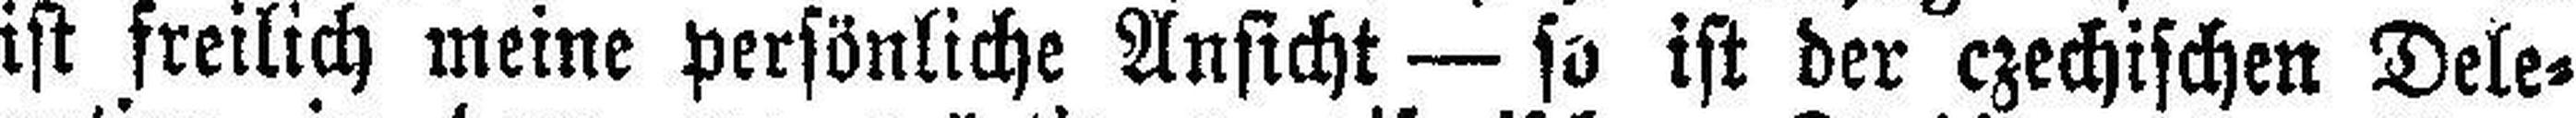
ist freilich meine persönliche Ansicht — so ist der czechischen Dele¬